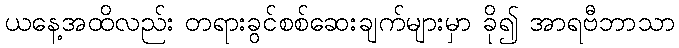
ယနေ့အထိလည်း တရားခွင်စစ်ဆေးချက်များမှာ ခို၍ အာရဗီဘာသာ